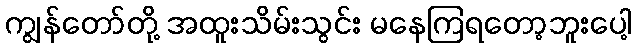
ကျွန်တော်တို့ အထူးသိမ်းသွင်း မနေကြရတော့ဘူးပေါ့